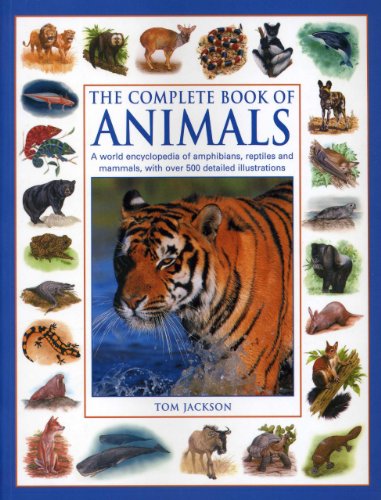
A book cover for The Complete Book of Animals: A World Encyclopedia of Amphibians, Reptiles and Mammels with Over 500 Detailed Illustrations; Tom Jackson; Reference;